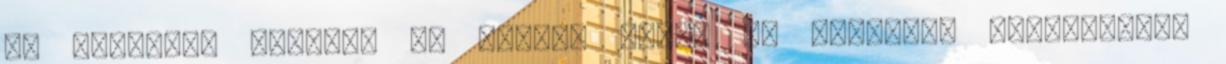
és kívülről bezárom az ajtót. Aztán az ablakból végignézem,